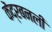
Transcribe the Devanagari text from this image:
केंद्रबनली